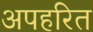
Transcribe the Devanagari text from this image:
अपहरित